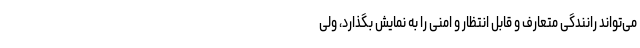
می‌تواند رانندگی متعارف و قابل انتظار و امنی را به نمایش بگذارد، ولی